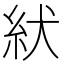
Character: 紎